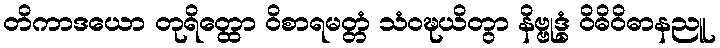
တိကာဒယော တုရိတ္ထော ဝိစာရမတ္တံ သံဝဍ္ဎယိတွာ နိဗ္ဗုဒ္ဓံ ဝိဓိဝိဓာနညူ